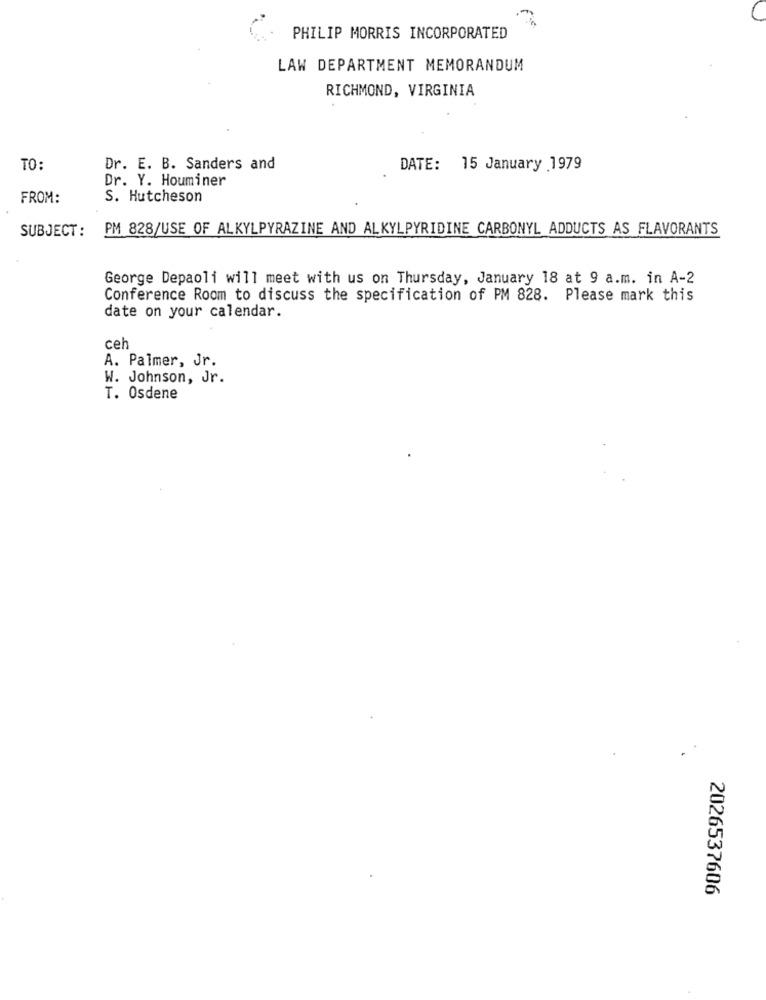
PHILIP MORRIS INCORPORATED
LAW DEPARTMENT MEMORANDUM
RICHMOND, VIRGINIA
TO:
Dr. E. B. Sanders and
DATE: 15 January 1979
Dr. Y. Houminer
FROM:
S. Hutcheson
SUBJECT :
PM 828/USE OF ALKYLPYRAZINE AND ALKYLPYRIDINE CARBONYL ADDUCTS AS FLAVORANTS
George Depaoli will meet with us on Thursday, January 18 at 9 a.m. in A-2
Conference Room to discuss the specification of PM 828. Please mark this
date on your calendar.
ceh
A. Palmer, Jr.
W. Johnson, Jr.
T. Osdene
2026537606